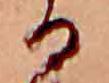
る